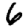
Digit: 6